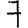
Digit: 7